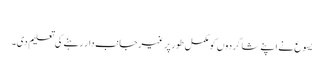
‏
یسوع نے اپنے شاگردوں کو مکمل طور پر غیرجانب‌دار رہنے کی تعلیم دی۔